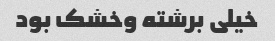
خیلی برشته وخشک بود